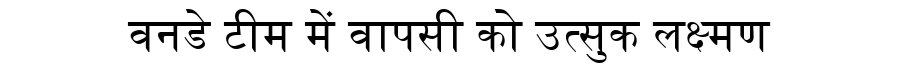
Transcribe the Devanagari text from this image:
वनडे टीम में वापसी को उत्सुक लक्ष्मण